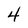
Character: 4